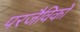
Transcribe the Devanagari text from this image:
परजैविकों